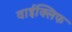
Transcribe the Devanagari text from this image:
वाईक्लिफ